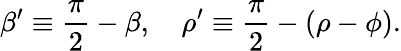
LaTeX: \beta^{\prime}\equiv{\frac{\pi}{2}}-\beta,\quad\rho^{\prime}\equiv{\frac{\pi}{2}}-(\rho-\phi).